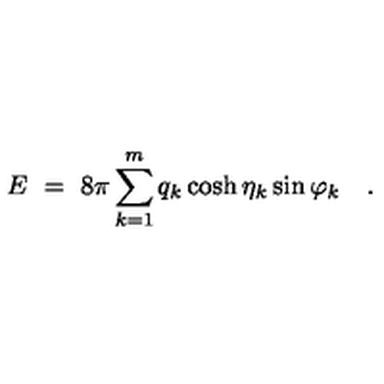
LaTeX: E \ = \ 8 \pi \sum _ { k = 1 } ^ { m } q _ { k } \cosh \eta _ { k } \sin \varphi _ { k } \quad .